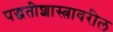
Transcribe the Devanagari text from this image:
पद्धतीशास्त्रावरील